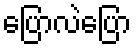
ပြောလဲပြော